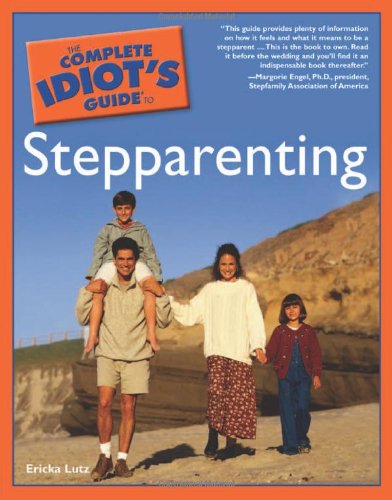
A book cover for The Complete Idiot's Guide to Stepparenting; Ericka Lutz; Parenting & Relationships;